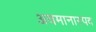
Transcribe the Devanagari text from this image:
अवमानास्पद